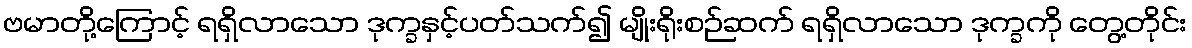
ဗမာတို့ကြောင့် ရရှိလာသော ဒုက္ခနှင့်ပတ်သက်၍ မျိုးရိုးစဉ်ဆက် ရရှိလာသော ဒုက္ခကို တွေ့တိုင်း